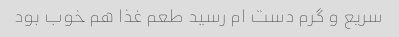
سریع و گرم دست ام رسید طعم غذا هم خوب بود